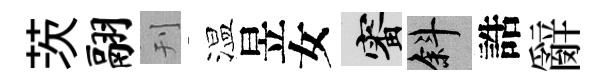
茨翮刊温昱女審斜誥辭